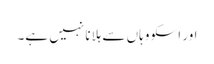
اور اسکو وہاں سے ہلانا نہیں ہے۔